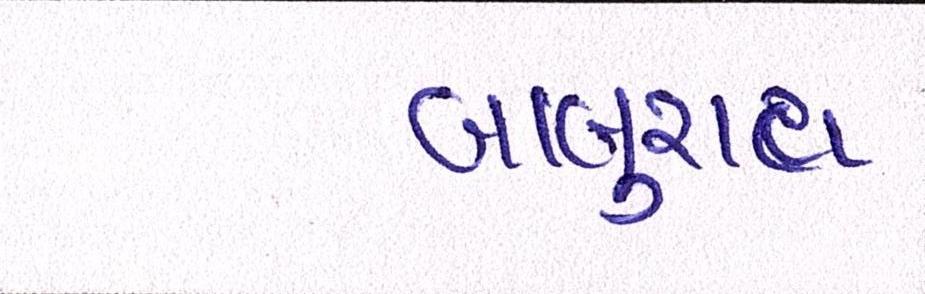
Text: બાબુરાવ